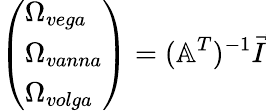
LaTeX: {\left(\begin{array}{l}{\Omega_{vega}}\\ {\Omega_{vanna}}\\ {\Omega_{volga}}\end{array}\right)}=(\mathbb{A}^{T})^{-1}{\vec{I}}